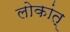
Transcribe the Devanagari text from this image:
लोकांत्‌